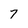
Character: 7